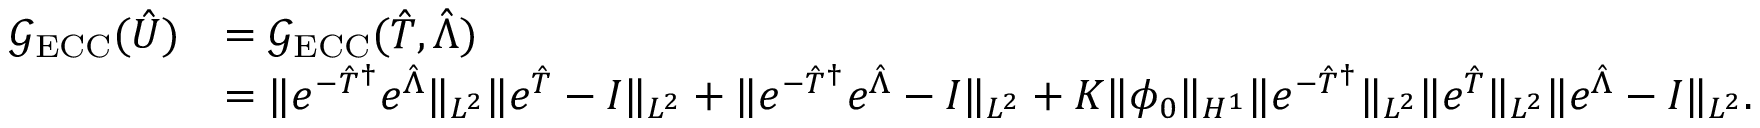
\begin{array} { r l } { \mathcal G _ { \mathrm { E C C } } ( \hat { U } ) } & { = \mathcal G _ { \mathrm { E C C } } ( \hat { T } , \hat { \Lambda } ) } \\ & { = \Vert e ^ { - \hat { T } ^ { \dagger } } e ^ { \hat { \Lambda } } \Vert _ { { L ^ { 2 } } } \Vert e ^ { \hat { T } } - I \Vert _ { { L ^ { 2 } } } + \Vert e ^ { - \hat { T } ^ { \dagger } } e ^ { \hat { \Lambda } } - I \Vert _ { { L ^ { 2 } } } + K \Vert \phi _ { 0 } \Vert _ { H ^ { 1 } } \Vert e ^ { - \hat { T } ^ { \dagger } } \Vert _ { { L ^ { 2 } } } \Vert e ^ { \hat { T } } \Vert _ { { L ^ { 2 } } } \Vert e ^ { \hat { \Lambda } } - I \Vert _ { { L ^ { 2 } } } . } \end{array}